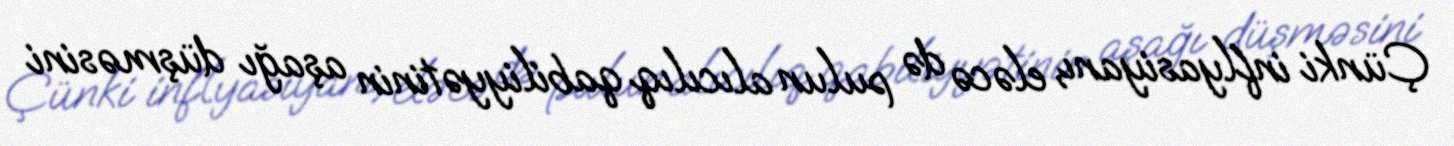
Çünki inflyasiyanı, eləcə də pulun alıcılıq qabiliyyətinin aşağı düşməsini